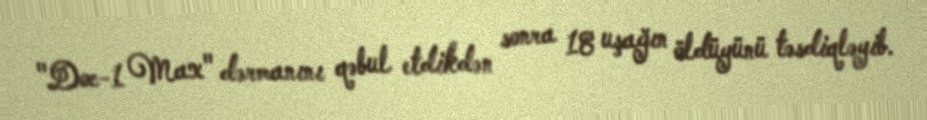
"Doc-1 Max" dərmanını qəbul etdikdən sonra 18 uşağın öldüyünü təsdiqləyib.